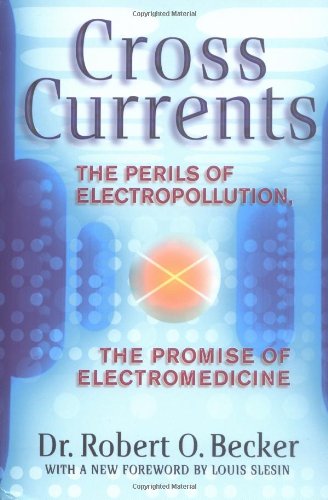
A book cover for Cross Currents; Robert O. Becker; Science & Math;